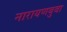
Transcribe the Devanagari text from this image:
नारायणबुवा